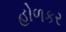
હોળકર